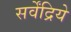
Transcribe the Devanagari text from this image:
सर्वेंद्रिये